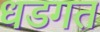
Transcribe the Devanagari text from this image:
धडगत